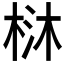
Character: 𣒑